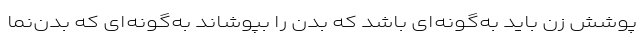
پوشش زن باید به‌گونه‌ای باشد که بدن را بپوشاند به‌گونه‌ای که بدن‌نما